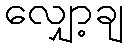
လျှော့ချ